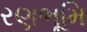
રણભૂમિ